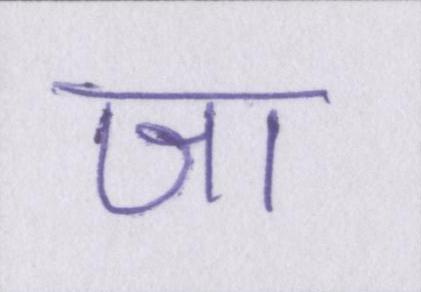
जा